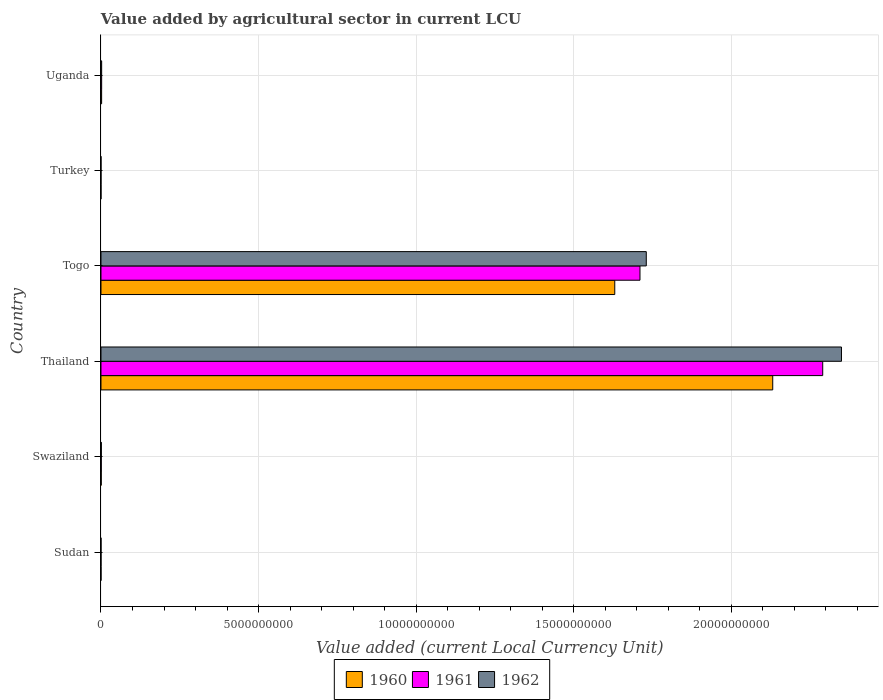
| Country | 1960 | 1961 | 1962 |
 | --- | --- | --- | --- |
 | Sudan | 2.02e+05 | 2.19e+05 | 2.31e+05 |
 | Swaziland | 7.9e+06 | 9.3e+06 | 1.14e+07 |
 | Thailand | 2.13e+10 | 2.29e+10 | 2.35e+10 |
 | Togo | 1.63e+10 | 1.71e+10 | 1.73e+10 |
 | Turkey | 3.74e+04 | 3.72e+04 | 4.24e+04 |
 | Uganda | 2.01e+07 | 2.1e+07 | 2.11e+07 |